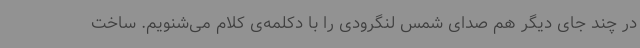
در چند جای دیگر هم صدای شمس لنگرودی را با دکلمه‌ی کلام می‌شنویم. ساخت